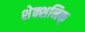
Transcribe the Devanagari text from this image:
शेक्शनिक्